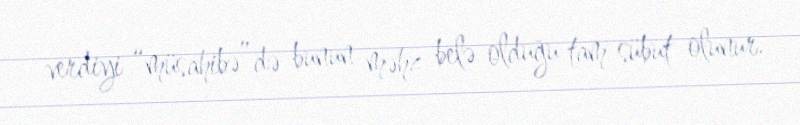
verdiyi “müsahibə”də bunun məhz belə olduğu tam sübut olunur.